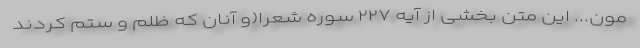
مون... این متن بخشی از آیه ٢٢٧ سوره شعرا(و آنان که ظلم و ستم کردند